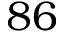
8 6